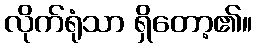
လိုက်ရုံသာ ရှိတော့၏။